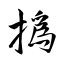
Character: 撝